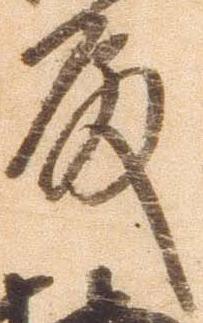
殿